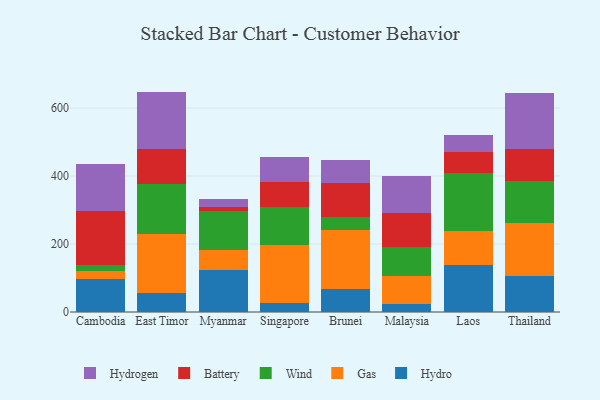
{"axis": {"x": "Country", "y": "Inventory Turnover"}, "legend": ["Battery", "Gas", "Hydro", "Hydrogen", "Wind"], "data": [{"x": "Cambodia", "y": 96.7, "type": "Hydro"}, {"x": "Cambodia", "y": 23.5, "type": "Gas"}, {"x": "Cambodia", "y": 19.3, "type": "Wind"}, {"x": "Cambodia", "y": 157.7, "type": "Battery"}, {"x": "Cambodia", "y": 138.7, "type": "Hydrogen"}, {"x": "East Timor", "y": 56.0, "type": "Hydro"}, {"x": "East Timor", "y": 174.5, "type": "Gas"}, {"x": "East Timor", "y": 145.0, "type": "Wind"}, {"x": "East Timor", "y": 103.7, "type": "Battery"}, {"x": "East Timor", "y": 169.2, "type": "Hydrogen"}, {"x": "Myanmar", "y": 123.5, "type": "Hydro"}, {"x": "Myanmar", "y": 57.7, "type": "Gas"}, {"x": "Myanmar", "y": 116.1, "type": "Wind"}, {"x": "Myanmar", "y": 11.0, "type": "Battery"}, {"x": "Myanmar", "y": 22.7, "type": "Hydrogen"}, {"x": "Singapore", "y": 26.8, "type": "Hydro"}, {"x": "Singapore", "y": 170.3, "type": "Gas"}, {"x": "Singapore", "y": 110.7, "type": "Wind"}, {"x": "Singapore", "y": 75.3, "type": "Battery"}, {"x": "Singapore", "y": 74.0, "type": "Hydrogen"}, {"x": "Brunei", "y": 68.9, "type": "Hydro"}, {"x": "Brunei", "y": 173.3, "type": "Gas"}, {"x": "Brunei", "y": 38.5, "type": "Wind"}, {"x": "Brunei", "y": 98.4, "type": "Battery"}, {"x": "Brunei", "y": 67.3, "type": "Hydrogen"}, {"x": "Malaysia", "y": 24.4, "type": "Hydro"}, {"x": "Malaysia", "y": 80.4, "type": "Gas"}, {"x": "Malaysia", "y": 86.0, "type": "Wind"}, {"x": "Malaysia", "y": 100.1, "type": "Battery"}, {"x": "Malaysia", "y": 109.9, "type": "Hydrogen"}, {"x": "Laos", "y": 138.8, "type": "Hydro"}, {"x": "Laos", "y": 98.5, "type": "Gas"}, {"x": "Laos", "y": 171.2, "type": "Wind"}, {"x": "Laos", "y": 62.2, "type": "Battery"}, {"x": "Laos", "y": 49.1, "type": "Hydrogen"}, {"x": "Thailand", "y": 106.5, "type": "Hydro"}, {"x": "Thailand", "y": 155.9, "type": "Gas"}, {"x": "Thailand", "y": 124.2, "type": "Wind"}, {"x": "Thailand", "y": 92.9, "type": "Battery"}, {"x": "Thailand", "y": 165.8, "type": "Hydrogen"}]}